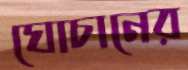
ঘোচানের